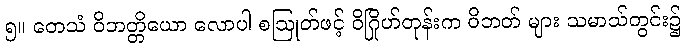
၅။ တေသံ ဝိဘတ္တိယော လောပါ စဩုတ်ဖင့် ဝိဂြိုဟ်တုန်းက ဝိဘတ် များ သမာသ်တွင်း၌